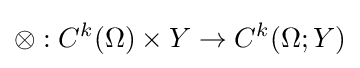
\otimes :C^{k}(\Omega )\times Y\to C^{k}(\Omega ;Y)